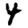
Digit: 4